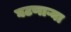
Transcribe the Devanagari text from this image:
घटणाऱ्या